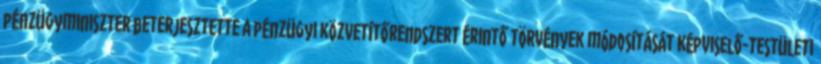
pénzügyminiszter beterjesztette a pénzügyi közvetítőrendszert érintő törvények módosítását Képviselő-testületi